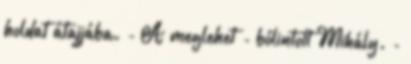
holdat átajjába. - A meglehet - bólintott Mihály. -